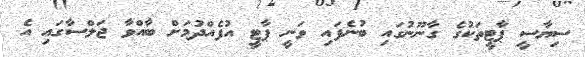
ސިޔާސީ ޕާޓީތަކުގެ ގާނޫނުގައި ބުނެފައި ވަނީ ޕާޓީ އުފެއްދުމަށް ބާއްވާ ޖަލްސާގައި އެ